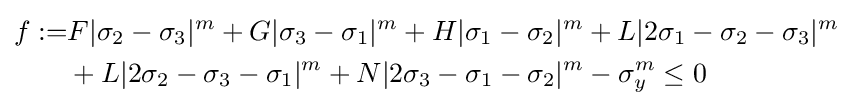
{\begin{aligned}f:=&F|\sigma _{2}-\sigma _{3}|^{m}+G|\sigma _{3}-\sigma _{1}|^{m}+H|\sigma _{1}-\sigma _{2}|^{m}+L|2\sigma _{1}-\sigma _{2}-\sigma _{3}|^{m}\\&+L|2\sigma _{2}-\sigma _{3}-\sigma _{1}|^{m}+N|2\sigma _{3}-\sigma _{1}-\sigma _{2}|^{m}-\sigma _{y}^{m}\leq 0\end{aligned}}